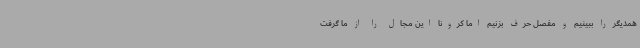
همدیگر را ببینیم و مفصل حرف بزنیم اما کرونا این مجال را از ما گرفت